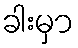
ခါးမှာ